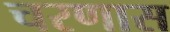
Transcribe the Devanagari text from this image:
चरणास